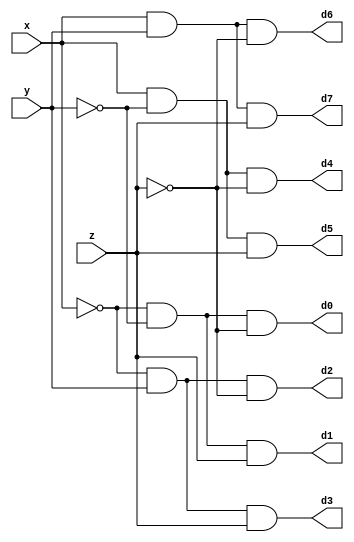
module DECODER(d0,d1,d2,d3,d4,d5,d6,d7,x,y,z);
input x,y,z;
output d0,d1,d2,d3,d4,d5,d6,d7;
wire x0,y0,z0;
not n1(x0,x);
not n2(y0,y);
not n3(z0,z);
and a0(d0,x0,y0,z0);
and a1(d1,x0,y0,z);
and a2(d2,x0,y,z0);
and a3(d3,x0,y,z);
and a4(d4,x,y0,z0);
and a5(d5,x,y0,z);
and a6(d6,x,y,z0);
and a7(d7,x,y,z);
endmodule
module FADDER(s,c,x,y,z);
input x,y,z;
wire d0,d1,d2,d3,d4,d5,d6,d7;
output s,c;
DECODER dec(d0,d1,d2,d3,d4,d5,d6,d7,x,y,z);
assign s = d1 | d2 | d4 | d7,
 c = d3 | d5 | d6 | d7;
endmodule
module testbench;
 reg x,y,z;
 wire s,c;
 FADDER fl(s,c,x,y,z);
 initial
 $monitor(,$time,"x=%b,y=%b,z=%b,s=%b,c=%b",x,y,z,s,c);
 initial
 begin
 #0 x=1'b0;y=1'b0;z=1'b0;
 #4 x=1'b1;y=1'b0;z=1'b0;
 #4 x=1'b0;y=1'b1;z=1'b0;
 #4 x=1'b1;y=1'b1;z=1'b0;
 #4 x=1'b0;y=1'b0;z=1'b1;
 #4 x=1'b1;y=1'b0;z=1'b1;
 #4 x=1'b0;y=1'b1;z=1'b1;
 #4 x=1'b1;y=1'b1;z=1'b1;
 end
endmodule